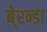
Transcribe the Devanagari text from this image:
बे्रन्डा